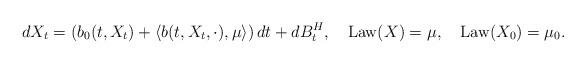
LaTeX: \begin{align*}dX_t=\left(b_0(t,X_t)+\langle b(t,X_t,\cdot),\mu\rangle\right)dt+dB^H_t,\quad\operatorname{Law}(X)=\mu,\quad\operatorname{Law}(X_0)=\mu_0.\end{align*}